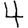
Digit: 4